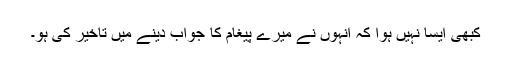
کبھی ایسا نہیں ہوا کہ انہوں نے میرے پیغام کا جواب دینے میں تاخیر کی ہو۔